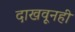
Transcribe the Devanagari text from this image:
दाखवूनही